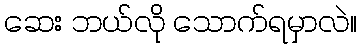
ဆေး ဘယ်လို သောက်ရမှာလဲ။